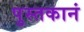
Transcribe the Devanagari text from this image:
पुस्तकानं